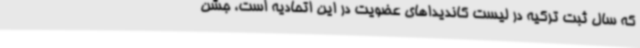
که سال ثبت ترکیه در لیست کاندیداهای عضویت در این اتحادیه است، جشن